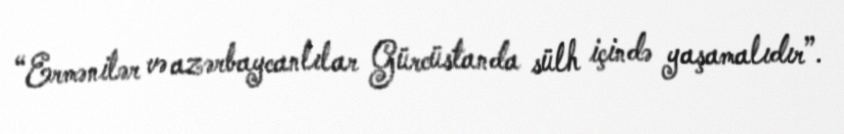
“Ermənilər və azərbaycanlılar Gürcüstanda sülh içində yaşamalıdır”.